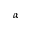
\alpha